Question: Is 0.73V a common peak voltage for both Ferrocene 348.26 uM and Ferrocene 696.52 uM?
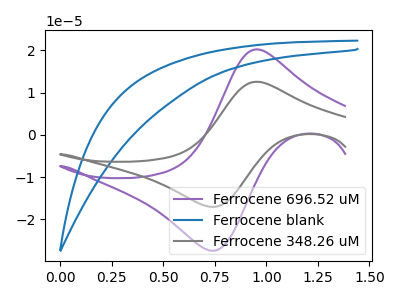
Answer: <think>The purple curve "Ferrocene 696.52 uM" has an anodic peak at (0.95V, 20.25uA) and a cathodic peak at (0.75V, -27.35uA). The blue curve "Ferrocene blank" has no peaks. The gray curve "Ferrocene 348.26 uM" has an anodic peak at (0.95V, 12.60uA) and a cathodic peak at (0.75V, -17.00uA).</think>
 <answer>Yes, "Ferrocene 348.26 uM" and "Ferrocene 696.52 uM" share a peak at 0.73V.</answer>
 <eval>match</eval>